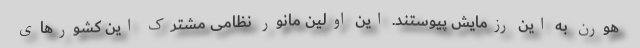
هورن به این رزمایش پیوستند. این اولین مانور نظامی مشترک این کشورهای